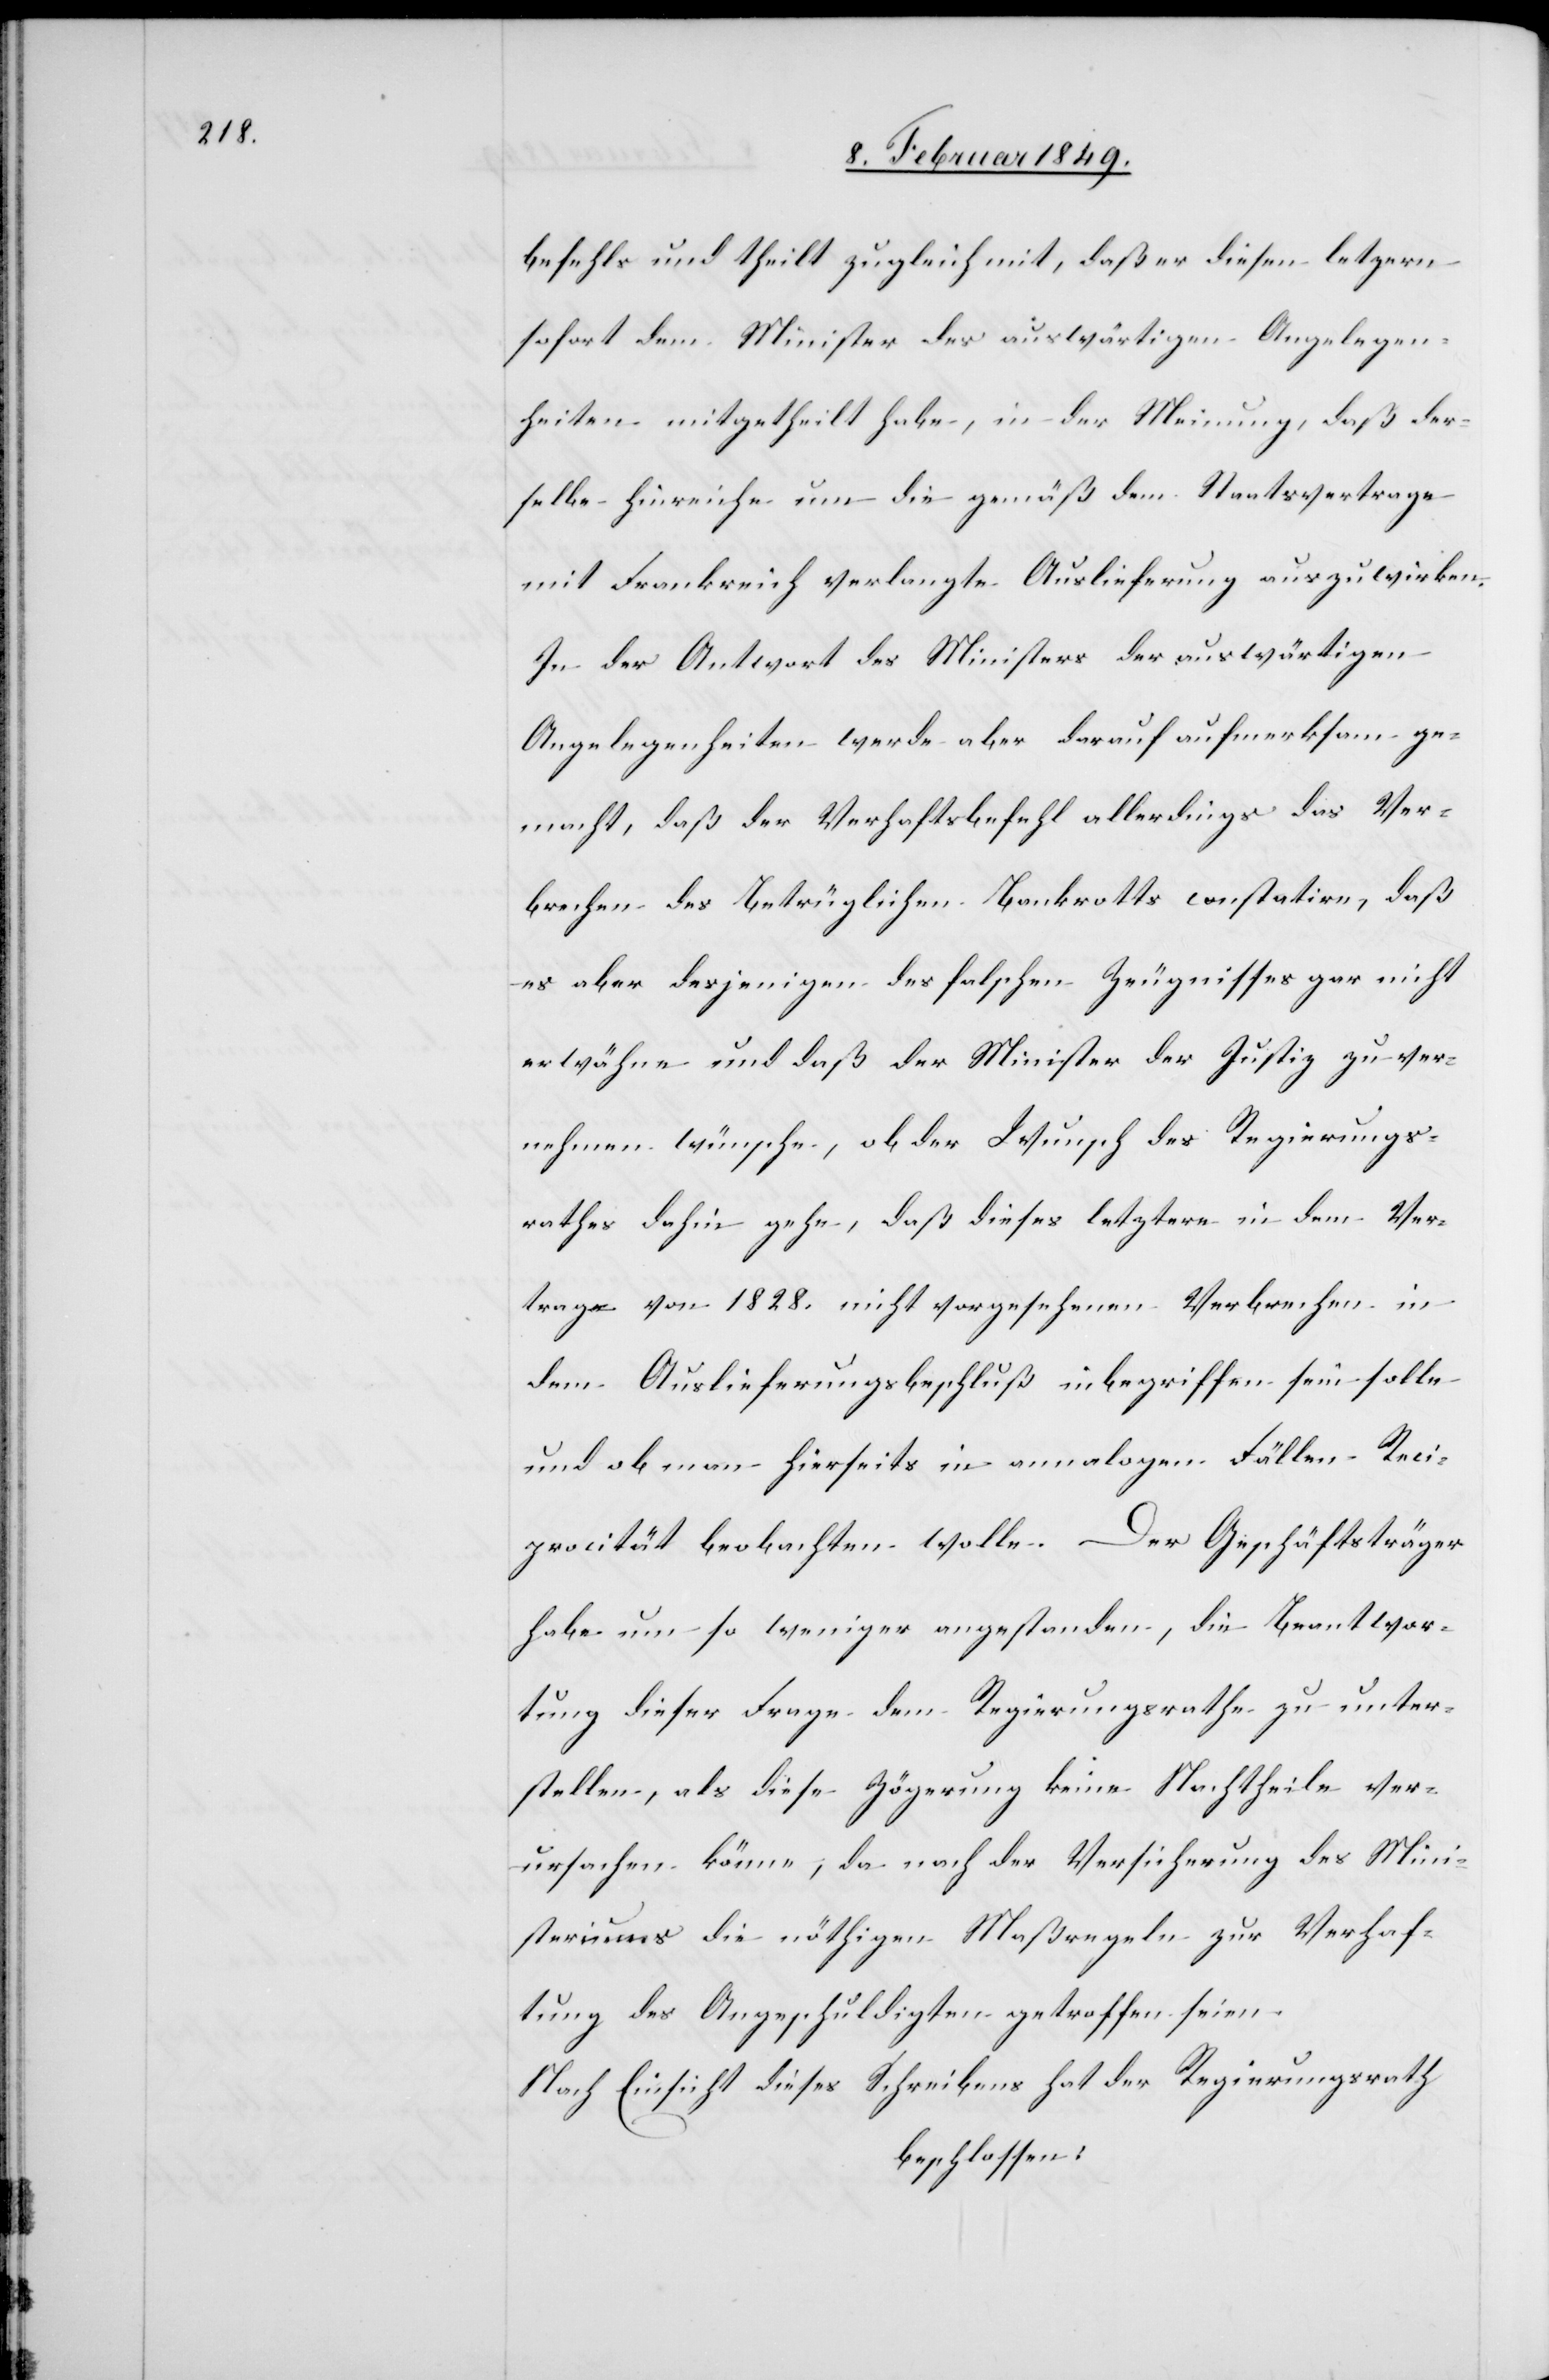
befehls und theilt zugleich mit, daß er diesen letz[t]ern
sofort dem Minister des [sic!] auswärtigen Angelegen¬
heiten mitgetheilt habe, in der Meinung, daß der¬
selbe hinreiche um die gemäß dem Staatsvertrage
mit Frankreich verlangte Auslieferung auszuwirken.
In der Antwort des Ministers der auswärtigen
Angelegenheiten werde aber darauf aufmerksam ge¬
macht, daß der Verhaftsbefehl allerdings das Ver¬
brechen des Betrüglichen Bankrotts constatire, daß
es aber desjenigen des falschen Zeugnisses gar nicht
erwähne und daß der Minister der Justiz zu ver¬
nehmen wünsche, ob der Wunsch des Regierungs¬
rathes dahin gehe, daß dieses letztere in dem Ver¬
trage von 1828. nicht vorgesehenen Verbrechen in
dem Auslieferungsbeschluß inbegriffen sein solle
und ob man hierseits in annalogen Fällen Reci¬
procität beobachten wolle. Der Geschäftsträger
habe um so weniger angestanden, die Beantwor¬
tung dieser Frage dem Regierungsrathe zu unter¬
stellen, als diese Zögerung keine Nachtheile ver¬
ursachen könne; da nach der Versicherung des Mini¬
steriums die nöthigen Maßregeln zur Verhaf¬
tung des Angeschuldigten getroffen seien.
Nach Einsicht dieses Schreibens hat der Regierungsrath
beschlossen: